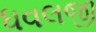
ધવલજી